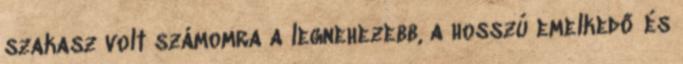
szakasz volt számomra a legnehezebb, a hosszú emelkedő és